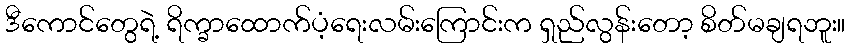
ဒီကောင်တွေရဲ့ ရိက္ခာထောက်ပံ့ရေးလမ်းကြောင်းက ရှည်လွန်းတော့ စိတ်မချရဘူး။